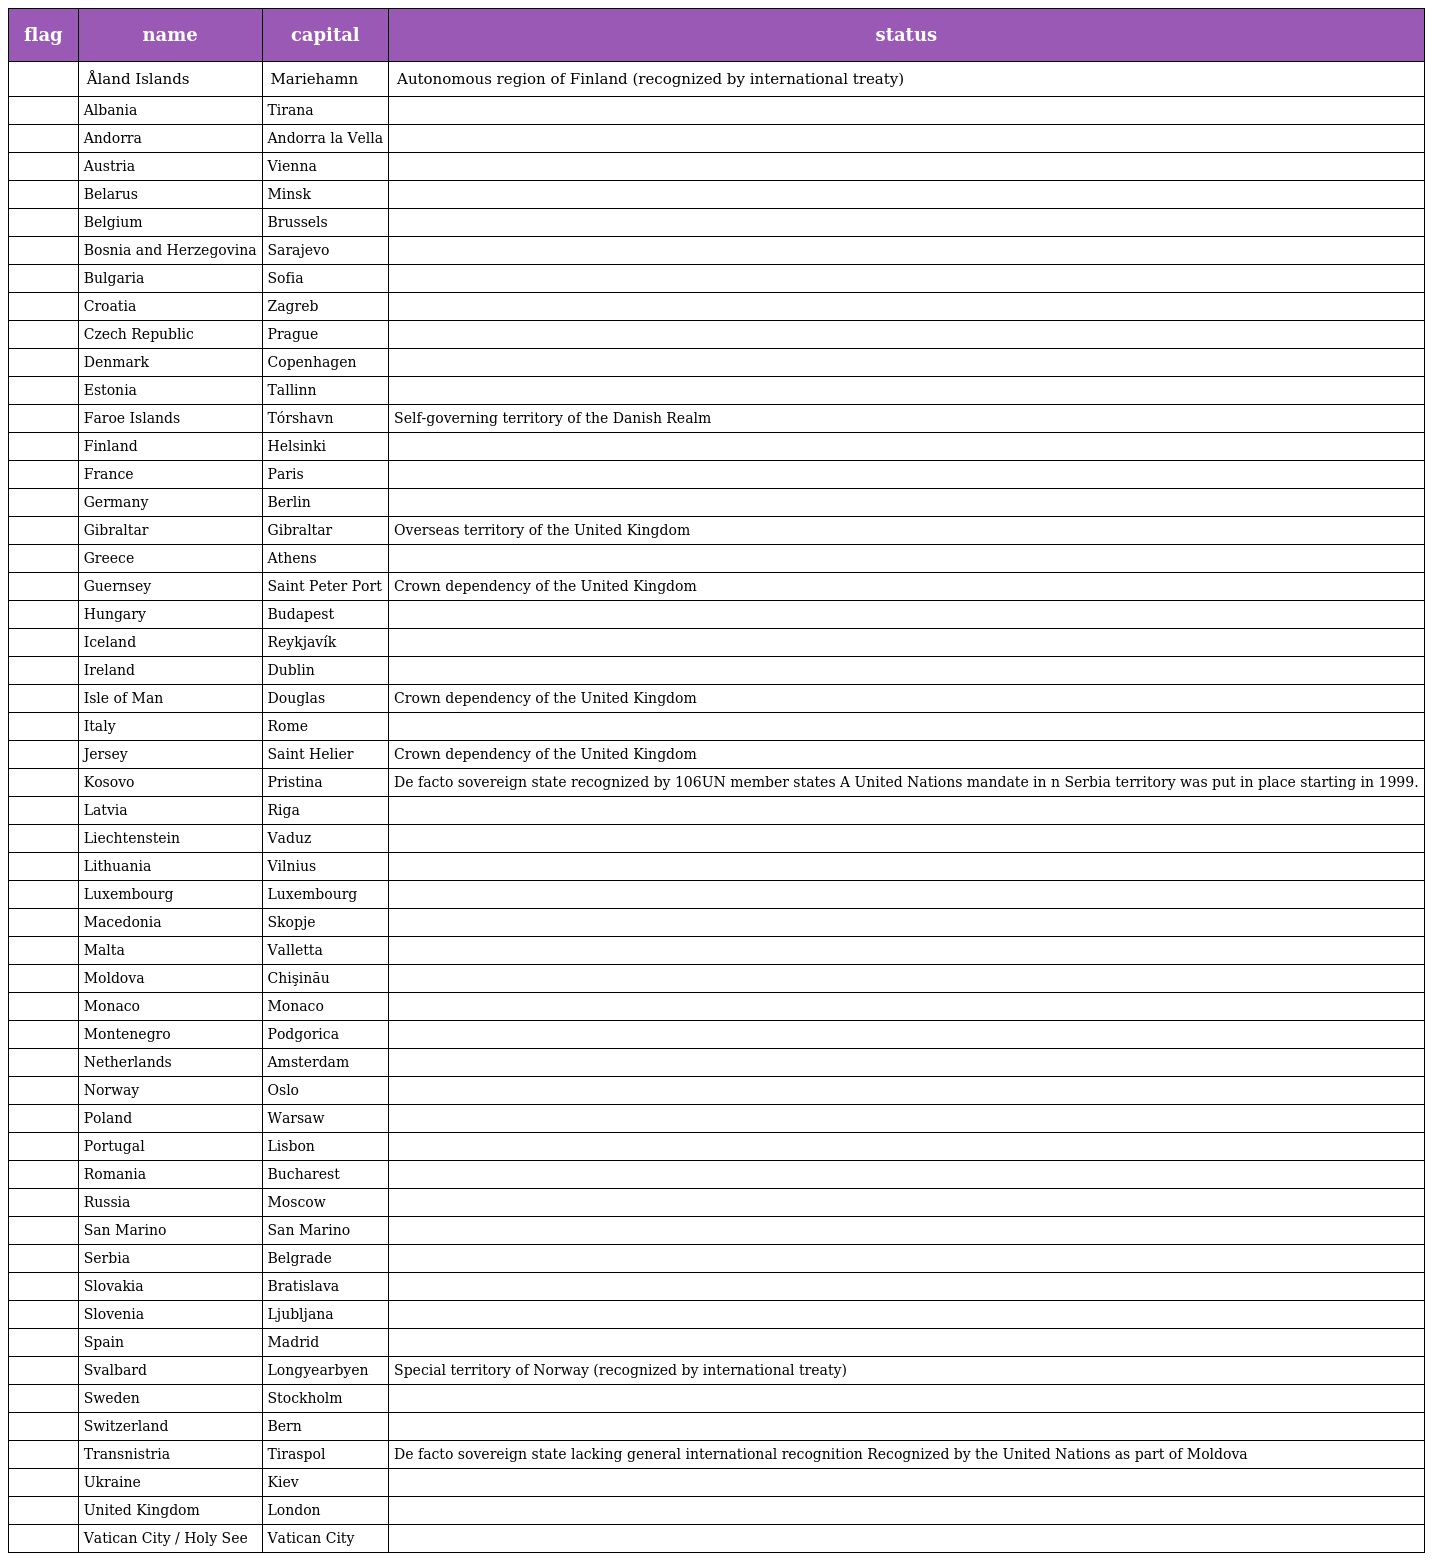
| flag | name | capital | status |
 | --- | --- | --- | --- |
 |  | Åland Islands | Mariehamn | Autonomous region of Finland (recognized by international treaty) |
 |  | Albania | Tirana |  |
 |  | Andorra | Andorra la Vella |  |
 |  | Austria | Vienna |  |
 |  | Belarus | Minsk |  |
 |  | Belgium | Brussels |  |
 |  | Bosnia and Herzegovina | Sarajevo |  |
 |  | Bulgaria | Sofia |  |
 |  | Croatia | Zagreb |  |
 |  | Czech Republic | Prague |  |
 |  | Denmark | Copenhagen |  |
 |  | Estonia | Tallinn |  |
 |  | Faroe Islands | Tórshavn | Self-governing territory of the Danish Realm |
 |  | Finland | Helsinki |  |
 |  | France | Paris |  |
 |  | Germany | Berlin |  |
 |  | Gibraltar | Gibraltar | Overseas territory of the United Kingdom |
 |  | Greece | Athens |  |
 |  | Guernsey | Saint Peter Port | Crown dependency of the United Kingdom |
 |  | Hungary | Budapest |  |
 |  | Iceland | Reykjavík |  |
 |  | Ireland | Dublin |  |
 |  | Isle of Man | Douglas | Crown dependency of the United Kingdom |
 |  | Italy | Rome |  |
 |  | Jersey | Saint Helier | Crown dependency of the United Kingdom |
 |  | Kosovo | Pristina | De facto sovereign state recognized by 106UN member states A United Nations mandate in n Serbia territory was put in place starting in 1999. |
 |  | Latvia | Riga |  |
 |  | Liechtenstein | Vaduz |  |
 |  | Lithuania | Vilnius |  |
 |  | Luxembourg | Luxembourg |  |
 |  | Macedonia | Skopje |  |
 |  | Malta | Valletta |  |
 |  | Moldova | Chişinău |  |
 |  | Monaco | Monaco |  |
 |  | Montenegro | Podgorica |  |
 |  | Netherlands | Amsterdam |  |
 |  | Norway | Oslo |  |
 |  | Poland | Warsaw |  |
 |  | Portugal | Lisbon |  |
 |  | Romania | Bucharest |  |
 |  | Russia | Moscow |  |
 |  | San Marino | San Marino |  |
 |  | Serbia | Belgrade |  |
 |  | Slovakia | Bratislava |  |
 |  | Slovenia | Ljubljana |  |
 |  | Spain | Madrid |  |
 |  | Svalbard | Longyearbyen | Special territory of Norway (recognized by international treaty) |
 |  | Sweden | Stockholm |  |
 |  | Switzerland | Bern |  |
 |  | Transnistria | Tiraspol | De facto sovereign state lacking general international recognition Recognized by the United Nations as part of Moldova |
 |  | Ukraine | Kiev |  |
 |  | United Kingdom | London |  |
 |  | Vatican City / Holy See | Vatican City |  |